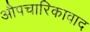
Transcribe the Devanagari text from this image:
औपचारिकावाद